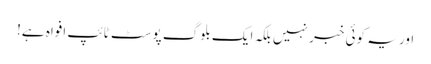
اور یہ کوئی خبر نہیں بلکہ ایک بلوگ پوسٹ ٹائپ افواہ ہے!